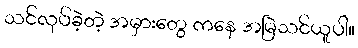
သင်လုပ်ခဲ့တဲ့ အမှားတွေ ကနေ အမြဲသင်ယူပါ။